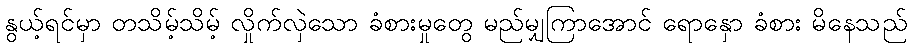
နွယ့်ရင်မှာ တသိမ့်သိမ့် လှိုက်လှဲသော ခံစားမှုတွေ မည်မျှကြာအောင် ရောနှော ခံစား မိနေသည်